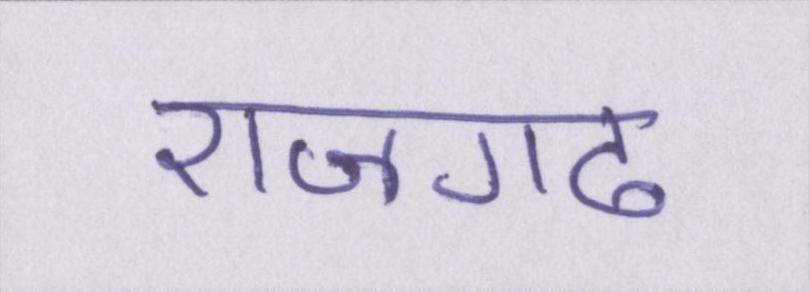
राजगढ